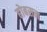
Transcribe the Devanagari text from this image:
होबसन